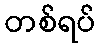
တစ်ရပ်